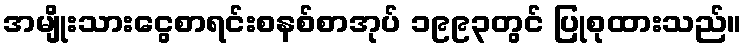
အမျိုးသားငွေစာရင်းစနစ်စာအုပ် ၁၉၉၃တွင် ပြုစုထားသည်။